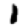
Digit: 1